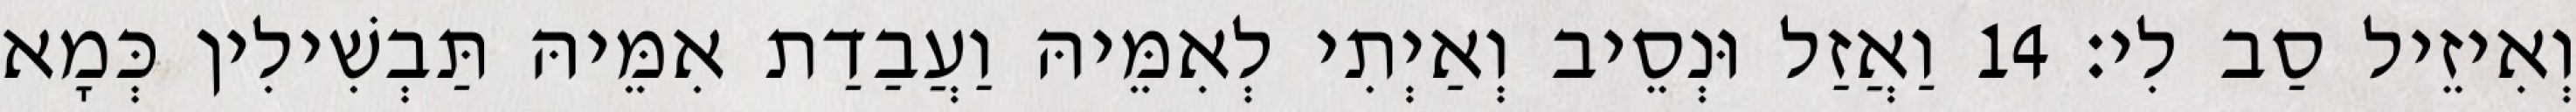
וְאִיזֵיל סַב לִי׃ 14 וַאֲזַל וּנְסֵיב וְאַיְתִי לְאִמֵּיהּ וַעֲבַדַת אִמֵּיהּ תַּבְשִׁילִין כְּמָא